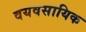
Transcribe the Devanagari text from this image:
वयवसायिक